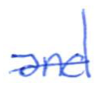
Text: and
Cross-out: single-line
Writing tool: ballpoint